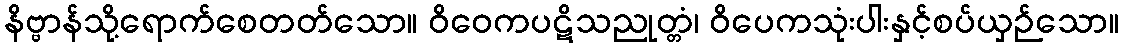
နိဗ္ဗာန်သို့ရောက်စေတတ်သော။ ဝိဝေကပဋိသညုတ္တံ၊ ဝိပေကသုံးပါးနှင့်စပ်ယှဉ်သော။